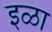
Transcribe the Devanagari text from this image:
इळा